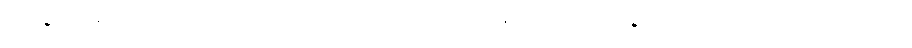
ယနေ့အချိန်မှာဆိုရင် အာကာသအတွင်းကိုတောင်ပစ်လွှတ်နိုင်တဲ့ ဒုံးလက် နက်တွေပေါ်ပေါက်လာခဲ့ပြီလည်း